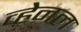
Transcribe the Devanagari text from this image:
व्हेनल